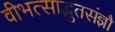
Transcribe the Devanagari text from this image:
वीभत्साद्भुतसंज्ञौ